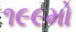
૧૯૯મો